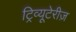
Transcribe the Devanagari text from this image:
ट्रिव्यूटेरीज़